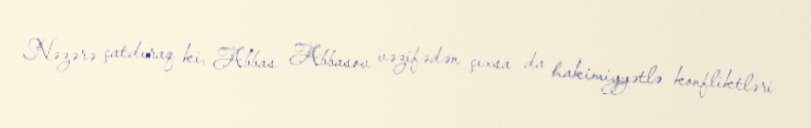
Nəzərə çatdıraq ki, Abbas Abbasov vəzifədən çıxsa da hakimiyyətlə konfliktləri